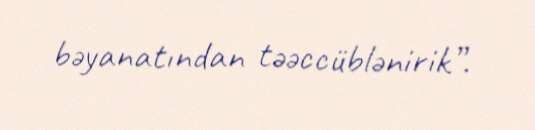
bəyanatından təəccüblənirik”.